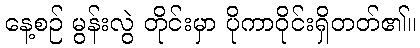
နေ့စဉ် မွန်းလွဲ တိုင်းမှာ ပိုကာဝိုင်းရှိတတ်၏။